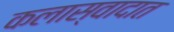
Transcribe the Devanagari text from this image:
कलास्वादात